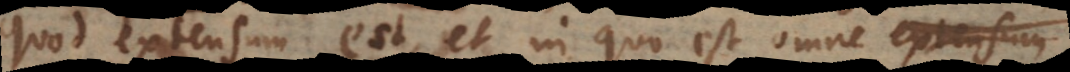
quod extensum est, et in quo est omne extensum